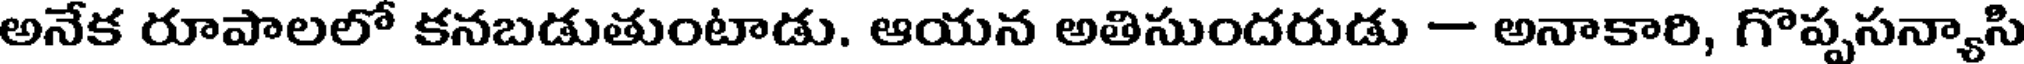
అనేక రూపాలలో కనబడుతుంటాడు, ఆయన అతిసుందరుడు - అనాకారి, గొప్పసన్యాసి